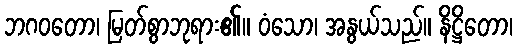
ဘဂဝတော၊ မြတ်စွာဘုရား၏။ ဝံသော၊ အနွယ်သည်။ နိဋ္ဌိတော၊